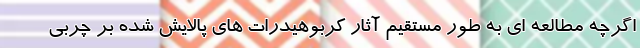
اگرچه مطالعه ای به طور مستقیم آثار کربوهیدرات های پالایش شده بر چربی